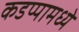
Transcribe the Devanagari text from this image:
कडप्पामध्ये